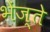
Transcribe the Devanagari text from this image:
भेंज्ते